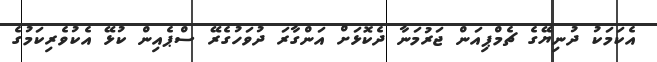
އެކަމަކު ދުނިޔޭގެ ޗެމްޕިއަން ޖަރުމަނާ ދެކޮޅަށް އަންގާރަ ދުވަހުގެރޭ ސްޕެއިން ކުޅޭ އެކުވެރިކަމުގެ